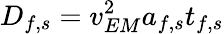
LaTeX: D_{f,s}=v_{EM}^{2}a_{f,s}t_{f,s}